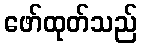
ဖော်ထုတ်သည်